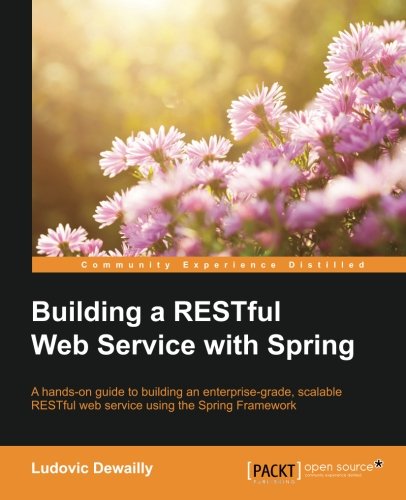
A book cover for Building a RESTful Web Service with Spring; Ludovic Dewailly; Computers & Technology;